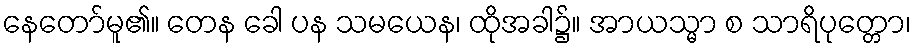
နေတော်မူ၏။ တေန ခေါ ပန သမယေန၊ ထိုအခါ၌။ အာယသ္မာ စ သာရိပုတ္တော၊